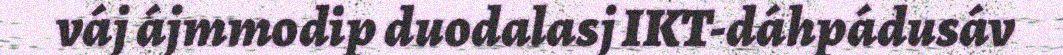
váj ájmmodip duodalasj IKT-dáhpádusáv